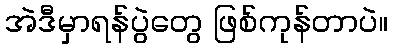
အဲဒီမှာရန်ပွဲတွေ ဖြစ်ကုန်တာပဲ။